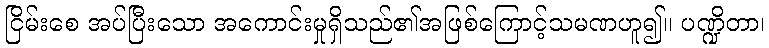
ငြိမ်းစေ အပ်ပြီးသော အကောင်းမှုရှိသည်၏အဖြစ်ကြောင့်သမဏဟူ၍။ ပဏ္ဍိတာ၊